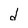
Character: d